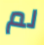
لم